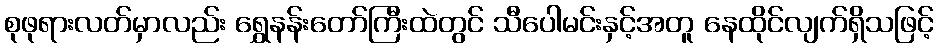
စုဖုရားလတ်မှာလည်း ရွှေနန်းတော်ကြီးထဲတွင် သီပေါမင်းနှင့်အတူ နေထိုင်လျက်ရှိသဖြင့်